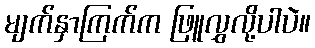
မျက်နှာကြက်က ဖြူလွှလို့ပါပဲ။